Annual administration report of the Civil Veterinary Department of India - 1895-1896
Year: 1895
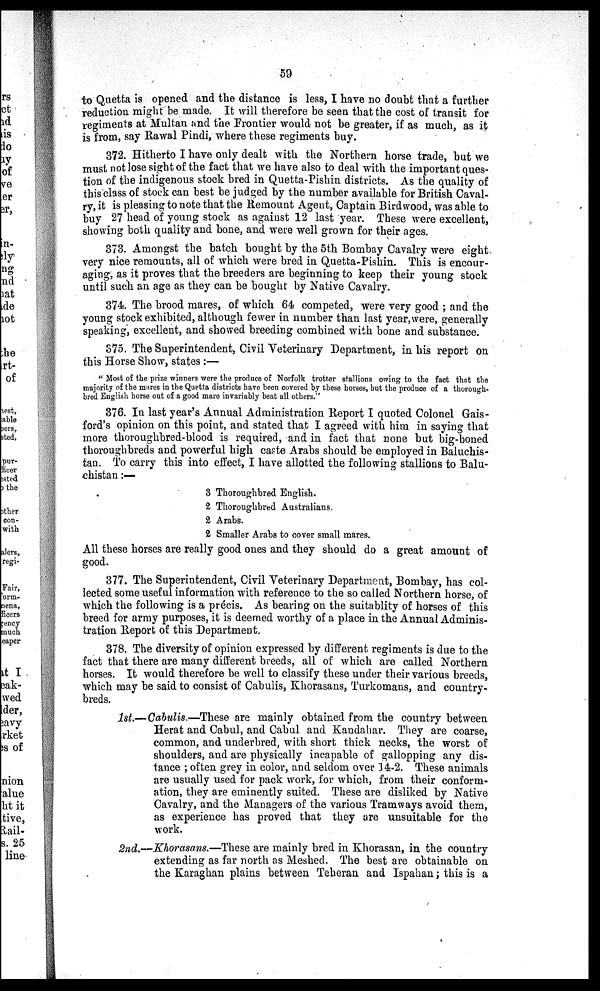
59
to Quetta is opened and the distance is less, I have no doubt that a further
reduction might be made. It will therefore be seen that the cost of transit for
regiments at Multan and the Frontier would not be greater, if as much, as it
is from, say Rawal Pindi, where these regiments buy.
372. Hitherto I have only dealt with the Northern horse trade, but we
must not lose sight of the fact that we have also to deal with the important ques-
tion of the indigenous stock bred in Quetta-Pishin districts. As the quality of
this class of stock can best be judged by the number available for British Caval-
ry, it is pleasing to note that the Remount Agent, Captain Birdwood, was able to
buy 27 head of young stock as against 12 last year. These were excellent,
showing both quality and bone, and were well grown for their ages.
373. Amongst the batch bought by the 5th Bombay Cavalry were eight
very nice remounts, all of which were bred in Quetta-Pishin. This is encour-
aging, as it proves that the breeders are beginning to keep their young stock
until such an age as they can be bought by Native Cavalry.
374. The brood mares, of which 64 competed, were very good ; and the
young stock exhibited, although fewer in number than last year,were, generally
speaking, excellent, and showed breeding combined with bone and substance.
375. The Superintendent, Civil Veterinary Department, in his report on
this Horse Show, states:—
"Most of the prize winners were the produce of Norfolk trotter stallions owing to the fact that the
majority of the mares in the Quetta districts have been covered by these horses, but the produce of a thorough-
bred English horse out of a good mare invariably beat all others."
376. In last year's Annual Administration Report I quoted Colonel Gais-
ford's opinion on this point, and stated that I agreed with him in saying that
more thoroughbred-blood is required, and in fact that none but big-boned
thoroughbreds and powerful high caste Arabs should be employed in Baluchis-
tan. To carry this into effect, I have allotted the following stallions to Balu-
chistan:—
3 Thoroughbred English.
2 Thoroughbred Australians.
2 Arabs.
2 Smaller Arabs to cover small mares.
All these horses are really good ones and they should do a great amount of
good.
377. The Superintendent, Civil Veterinary Department, Bombay, has col-
lected some useful information with reference to the so called Northern horse, of
which the following is a précis. As bearing on the suitablity of horses of this
breed for army purposes, it is deemed worthy of a place in the Annual Adminis-
tration Report of this Department.
378. The diversity of opinion expressed by different regiments is due to the
fact that there are many different breeds, all of which are called Northern
horses. It would therefore be well to classify these under their various breeds,
which may be said to consist of Cabulis, Khorasans, Turkomans, and country-
breds.
1st.— Cabulis—These are mainly obtained from the country between
Herat and Cabul, and Cabul and Kandahar. They are coarse,
common, and underbred, with short thick necks, the worst of
shoulders, and are physically incapable of gallopping any dis-
tance ; often grey in color, and seldom over 14-2. These animals
are usually used for pack work, for which, from their conform-
ation, they are eminently suited. These are disliked by Native
Cavalry, and the Managers of the various Tramways avoid them,
as experience has proved that they are unsuitable for the
work.
2nd.—Khorasans.—These are mainly bred in Khorasan, in the country
extending as far north as Meshed. The best are obtainable on
the Karaghan plains between Teheran and Ispahan; this is a